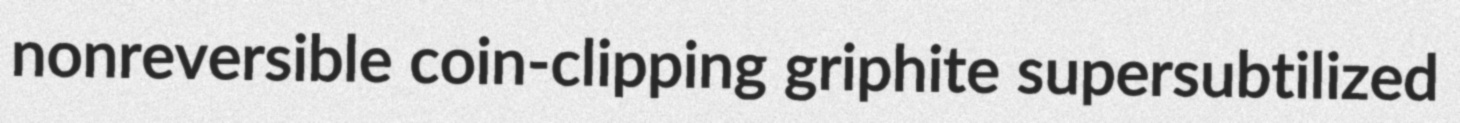
nonreversible coin-clipping griphite supersubtilized